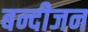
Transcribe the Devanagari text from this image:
बन्दीजन